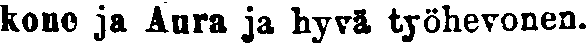
kone ja Aura ja hyvä työhevonen.